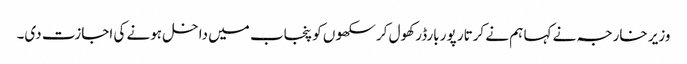
وزیر خارجہ نے کہا ہم نے کرتار پور بارڈر کھول کر سکھوں کو پنجاب میں داخل ہونے کی اجازت دی۔